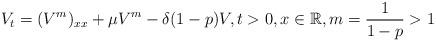
LaTeX: \begin{align*}V_{t}=(V^{m})_{xx}+\mu V^{m} -\delta (1-p)V, t>0, x\in \mathbb{R}, m=\dfrac{1}{1-p}>1\end{align*}